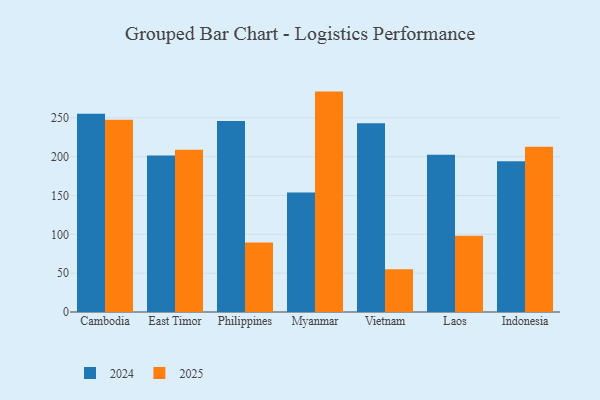
{"axis": {"x": "Country", "y": "Churn Rate (%)"}, "legend": ["2024", "2025"], "data": [{"x": "Cambodia", "y": 247.4, "type": "2025"}, {"x": "Cambodia", "y": 255.1, "type": "2024"}, {"x": "East Timor", "y": 209.0, "type": "2025"}, {"x": "East Timor", "y": 201.4, "type": "2024"}, {"x": "Philippines", "y": 89.4, "type": "2025"}, {"x": "Philippines", "y": 245.7, "type": "2024"}, {"x": "Myanmar", "y": 283.7, "type": "2025"}, {"x": "Myanmar", "y": 153.8, "type": "2024"}, {"x": "Vietnam", "y": 55.1, "type": "2025"}, {"x": "Vietnam", "y": 242.9, "type": "2024"}, {"x": "Laos", "y": 98.2, "type": "2025"}, {"x": "Laos", "y": 202.4, "type": "2024"}, {"x": "Indonesia", "y": 212.6, "type": "2025"}, {"x": "Indonesia", "y": 194.2, "type": "2024"}]}